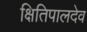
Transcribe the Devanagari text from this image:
क्षितिपालदेव